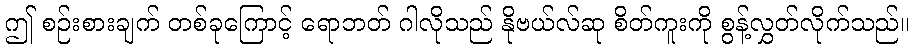
ဤ စဉ်းစားချက် တစ်ခုကြောင့် ရောဘတ် ဂါလိုသည် နိုဗယ်လ်ဆု စိတ်ကူးကို စွန့်လွှတ်လိုက်သည်။